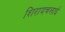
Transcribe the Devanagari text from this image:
शिरायचलाई